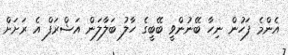
އެންމެ ފަހުން ނިހާ ބޭނުންވީ ބޭބީގެ ހާލު ބަލާލަން އަޝްރަފް އެ ރަށަށް